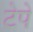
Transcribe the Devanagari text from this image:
टेपे